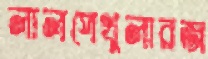
লালপেখুলারজ